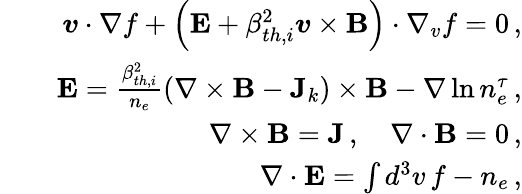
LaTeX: \begin{array}{rlr}&{}&{\boldsymbol{v}\cdot\nabla f+\left(\textbf{E}+\beta_{th,i}^{2}\boldsymbol{v}\times\textbf{B}\right)\cdot\nabla_{v}f=0\, ,}\\ &{}&{\textbf{E}=\frac{\beta_{th,i}^{2}}{n_{e}}\left(\nabla\times\textbf{B}-\textbf{J}_{k}\right)\times\textbf{B}-\nabla\ln n_{e}^{\tau}\, ,}\\ &{}&{\nabla\times\textbf{B}=\textbf{J}\, ,\quad\nabla\cdot\textbf{B}=0\, ,}\\ &{}&{\nabla\cdot\textbf{E}=\int d^{3}v\, f-n_{e}\, ,}\end{array}